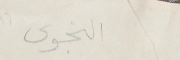
النجوى